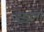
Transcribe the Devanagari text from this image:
रडला